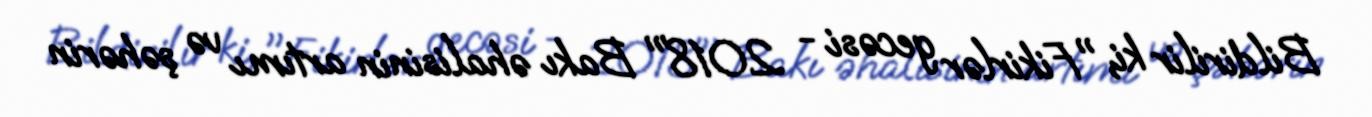
Bildirilir ki, "Fikirlər gecəsi - 2018" Bakı əhalisinin artımı və şəhərin